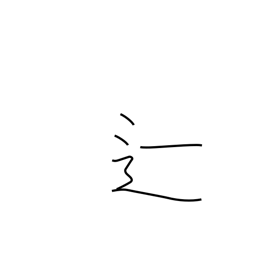
Meaning: fail in exams